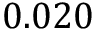
0 . 0 2 0